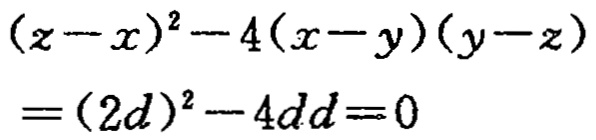
\[(z - x)^2 - 4(x - y)(y - z)=(2d)^2 - 4dd = 0\]